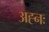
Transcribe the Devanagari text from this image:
अह्नः